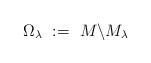
LaTeX: \begin{align*}\Omega_\lambda\ :=\ M\backslash M_\lambda\end{align*}